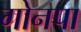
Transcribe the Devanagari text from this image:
गोनपा